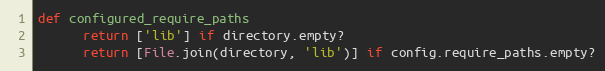
Language: Ruby
def configured_require_paths
      return ['lib'] if directory.empty?
      return [File.join(directory, 'lib')] if config.require_paths.empty?